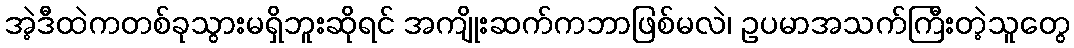
အဲ့ဒီထဲကတစ်ခုသွားမရှိဘူးဆိုရင် အကျိုးဆက်ကဘာဖြစ်မလဲ၊ ဥပမာအသက်ကြီးတဲ့သူတွေ